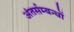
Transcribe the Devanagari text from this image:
अंतर्सम्बन्धों